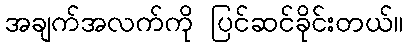
အချက်အလက်ကို ပြင်ဆင်ခိုင်းတယ်။